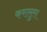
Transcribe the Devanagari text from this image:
करासुरा